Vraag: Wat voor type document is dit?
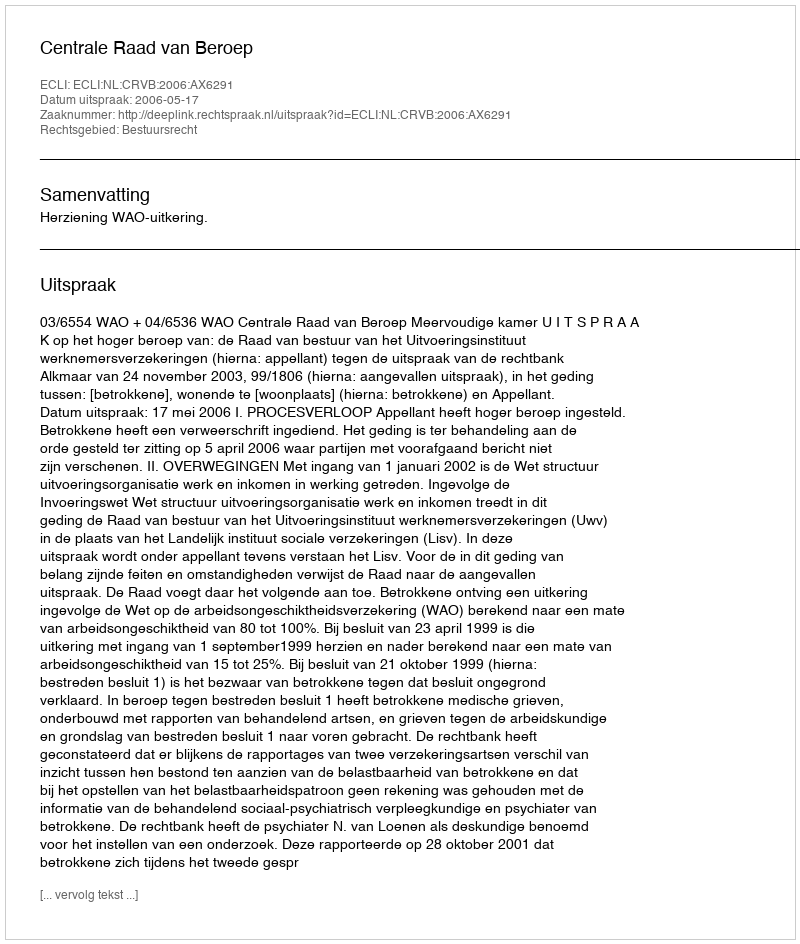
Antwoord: Uitspraak